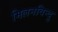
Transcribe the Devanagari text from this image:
मिलनविन्दु